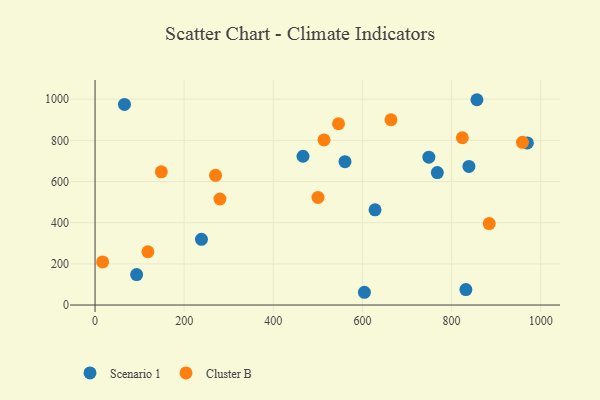
{"axis": {"x": "Speed", "y": "Salary"}, "legend": ["Cluster B", "Scenario 1"], "data": [{"x": "857.0", "y": 997.6, "type": "Scenario 1"}, {"x": "604.5", "y": 62.0, "type": "Scenario 1"}, {"x": "66.0", "y": 974.9, "type": "Scenario 1"}, {"x": "970.2", "y": 787.7, "type": "Scenario 1"}, {"x": "238.8", "y": 319.1, "type": "Scenario 1"}, {"x": "628.3", "y": 462.7, "type": "Scenario 1"}, {"x": "749.1", "y": 718.3, "type": "Scenario 1"}, {"x": "466.7", "y": 723.0, "type": "Scenario 1"}, {"x": "93.3", "y": 147.8, "type": "Scenario 1"}, {"x": "768.1", "y": 643.8, "type": "Scenario 1"}, {"x": "839.0", "y": 673.3, "type": "Scenario 1"}, {"x": "832.2", "y": 75.3, "type": "Scenario 1"}, {"x": "560.9", "y": 696.8, "type": "Scenario 1"}, {"x": "824.3", "y": 812.9, "type": "Cluster B"}, {"x": "959.2", "y": 790.4, "type": "Cluster B"}, {"x": "270.4", "y": 630.2, "type": "Cluster B"}, {"x": "148.7", "y": 647.5, "type": "Cluster B"}, {"x": "280.2", "y": 515.2, "type": "Cluster B"}, {"x": "118.6", "y": 259.0, "type": "Cluster B"}, {"x": "513.9", "y": 802.2, "type": "Cluster B"}, {"x": "546.4", "y": 880.8, "type": "Cluster B"}, {"x": "884.6", "y": 396.0, "type": "Cluster B"}, {"x": "500.3", "y": 523.1, "type": "Cluster B"}, {"x": "664.1", "y": 900.3, "type": "Cluster B"}, {"x": "17.0", "y": 209.4, "type": "Cluster B"}]}